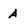
Character: A